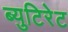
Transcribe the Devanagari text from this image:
ब्युटिरेट